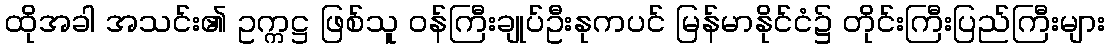
ထိုအခါ အသင်း၏ ဥက္ကဋ္ဌ ဖြစ်သူ ဝန်ကြီးချုပ်ဦးနုကပင် မြန်မာနိုင်ငံ၌ တိုင်းကြီးပြည်ကြီးများ